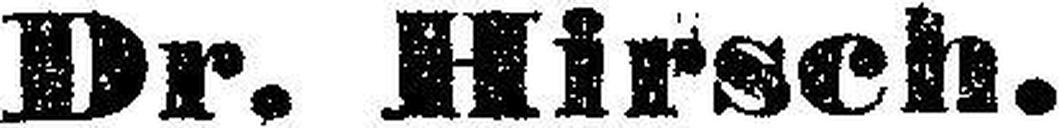
Dr. Hirsch.